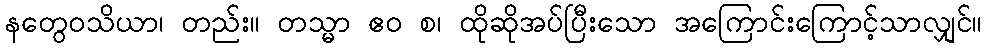
နတွေဝသိယာ၊ တည်း။ တသ္မာ ဧဝ စ၊ ထိုဆိုအပ်ပြီးသော အကြောင်းကြောင့်သာလျှင်။